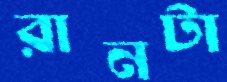
রানটা